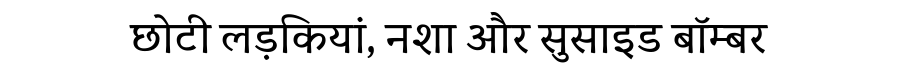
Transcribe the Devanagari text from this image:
छोटी लड़कियां, नशा और सुसाइड बॉम्बर